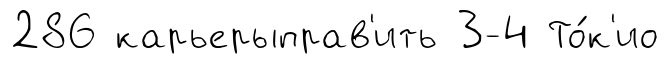
286 карьерыправ'ить 3-4 То́к'ио